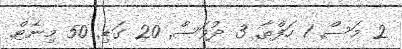
2 މަސް